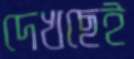
দেখছেই